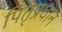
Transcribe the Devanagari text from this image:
पितृप्रधान